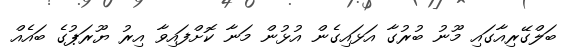
ބަލްގޭރިއާގައި މޫނު ބުރުގާ އަޅައިގެން އުޅުން މަނާ ކޮށްފައިވާ އިރު ޔޫރަޕުގެ ބައެއް